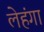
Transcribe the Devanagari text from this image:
लेहंगा